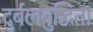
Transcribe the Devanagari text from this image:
दुर्बलबुद्धिता